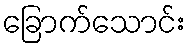
ခြောက်သောင်း